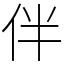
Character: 伴